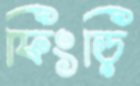
ফিংড়ি